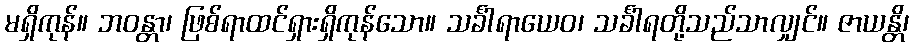
မရှိကုန်။ ဘဝန္တာ၊ ဖြစ်ရာထင်ရှားရှိကုန်သော။ သင်္ခါရာယေဝ၊ သင်္ခါရတို့သည်သာလျှင်။ ဇာယန္တိ၊